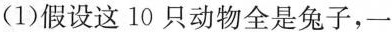
(1)假设这10只动物全是兔子，一